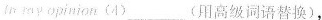
opinion（4）___(用高级词语替换),